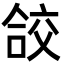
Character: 𭉁